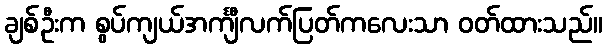
ချစ်ဦးက စွပ်ကျယ်အင်္ကျီလက်ပြတ်ကလေးသာ ဝတ်ထားသည်။